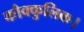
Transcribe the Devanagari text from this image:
कौक्कुलिक।